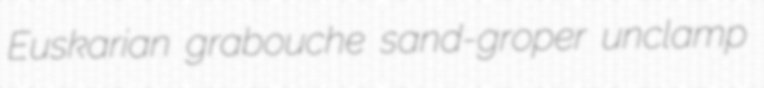
Euskarian grabouche sand-groper unclamp